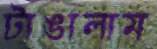
টাঙালাম